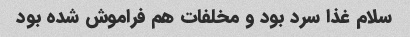
سلام غذا سرد بود و مخلفات هم فراموش شده بود